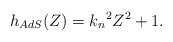
\begin{align*}h_{AdS}(Z) = {k_n}^2 Z^2 + 1.\end{align*}